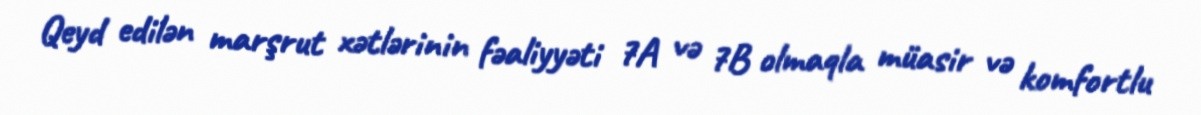
Qeyd edilən marşrut xətlərinin fəaliyyəti 7A və 7B olmaqla müasir və komfortlu